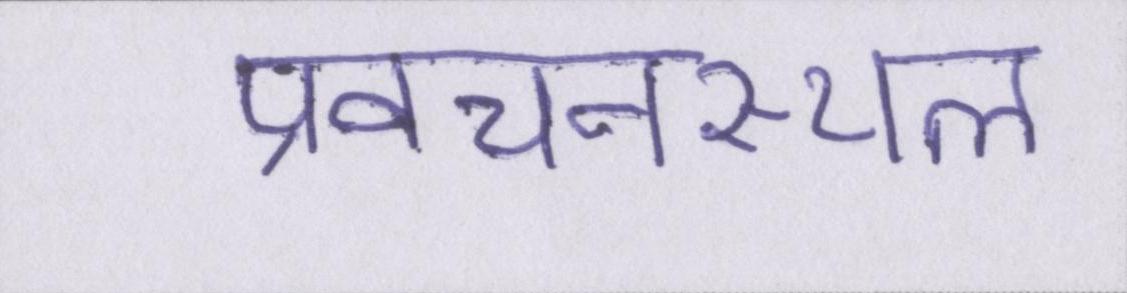
प्रवचनस्थल